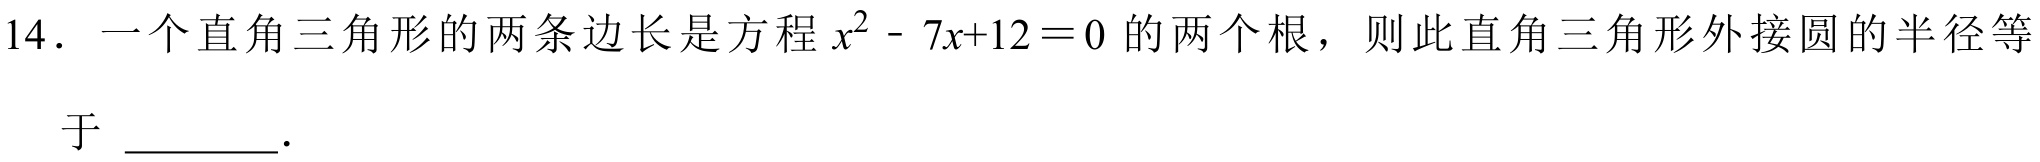
14. 一个直角三角形的两条边长是方程\(x^{2}-7x + 12 = 0\)的两个根，则此直角三角形外接圆的半径等
于 \_\_\_\_\_。